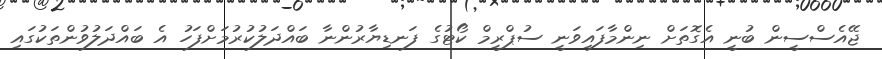
ޖޭއެސްސީން ބުނީ އެގޮތަށް ނިންމާފައިވަނީ ސުޕްރީމް ކޯޓުގެ ފަނޑިޔާރުންނާ ބައްދަލުކުރުމަށްފަހު އެ ބައްދަލުވުންތަކުގައި